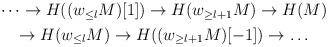
LaTeX: \begin{align*}\begin{gathered}\dots \to H((w_{\le l}M)[1])\to H(w_{\ge l+1}M)\to H(M)\\\to H(w_{\le l}M)\to H((w_{\ge l+1}M)[-1])\to\dots\end{gathered}\end{align*}